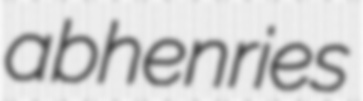
abhenries